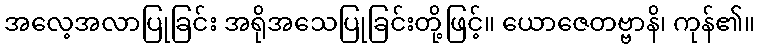
အလေ့အလာပြုခြင်း အရိုအသေပြုခြင်းတို့ဖြင့်။ ယောဇေတဗ္ဗာနိ၊ ကုန်၏။